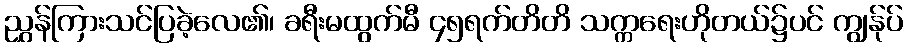
ညွှန်ကြားသင်ပြခဲ့လေ၏၊ ခရီးမထွက်မီ ၄၅ရက်တိတိ သက္ကရေးဟိုတယ်၌ပင် ကျွန်ုပ်